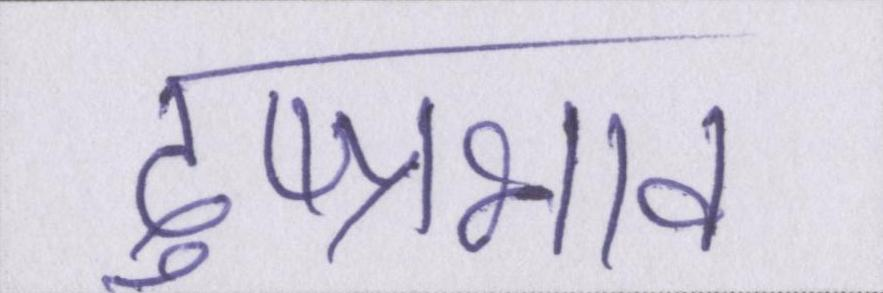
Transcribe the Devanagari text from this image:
दुष्प्रभाव